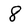
Character: 8